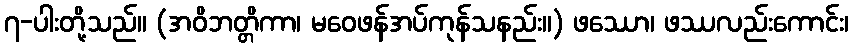
၇-ပါးတို့သည်။ (အဝိဘတ္တိကာ၊ မဝေဖန်အပ်ကုန်သနည်း။) ဖဿော၊ ဖဿလည်းကောင်း၊